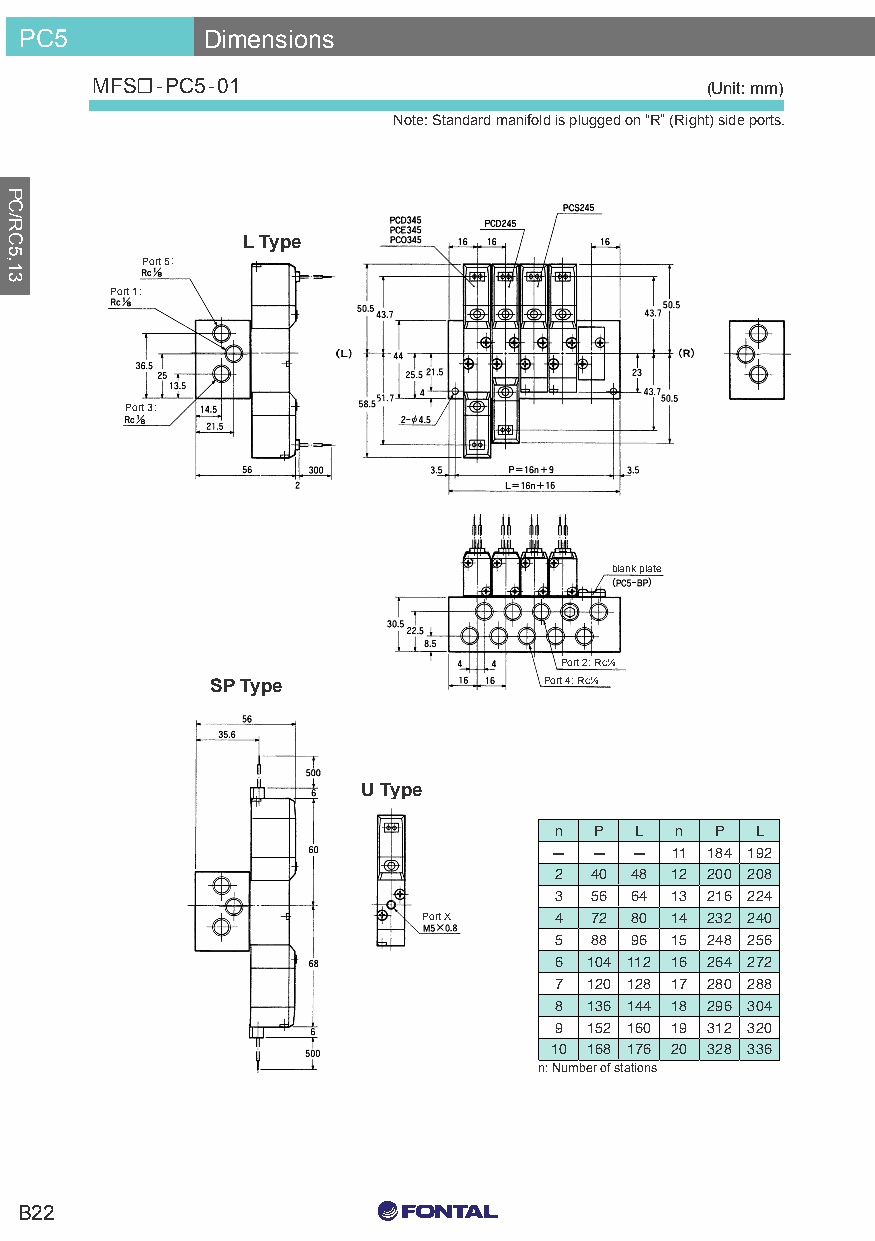
PC5         Dimensions
 MFS☐-PC5-01                              (Unit: mm)
 Note: Standard manifold is plugged on “R” (Right) side ports.
 L Type
 Port 5:
 Port 1:
 Port 3:
 blank plate
 Port 2: Rc⅛
 SP Type               Port 4: Rc⅛
 U Type
 n P  L  n P  L
 —  —  — 11 184 192
 2 40 48 12 200 208
 3 56 64 13 216 224
 Port X   4 72 80 14 232 240
 5 88 96 15 248 256
 6 104 112 16 264 272
 7 120 128 17 280 288
 8 136 144 18 296 304
 9 152 160 19 312 320
 10 168 176 20 328 336
 n: Number of stations
 C0 M0 Y15 K15
 B22
 C0 M0 Y0 K100
 C0 M0 Y0 K0
 PC/RC5,13